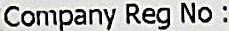
COMPANY REG NO :